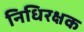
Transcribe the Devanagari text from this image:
निधिरक्षक